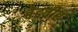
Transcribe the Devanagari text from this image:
बेडवीर